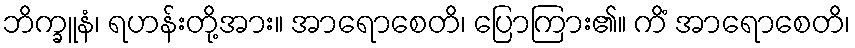
ဘိက္ခူနံ၊ ရဟန်းတို့အား။ အာရောစေတိ၊ ပြောကြား၏။ ကိံ အာရောစေတိ၊